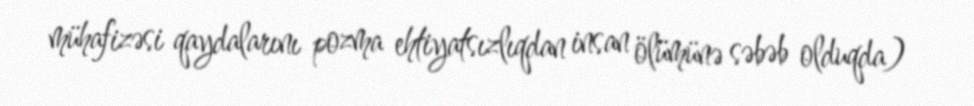
mühafizəsi qaydalarını pozma ehtiyatsızlıqdan insan ölümünə səbəb olduqda)